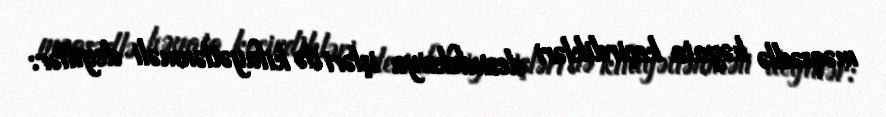
məqsədlə həyata keçirdikləri dezinfeksiya işləri ilə kifayətlənməli deyillər: